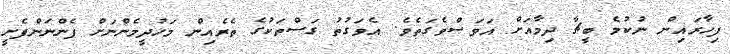
ފިހާރައިން ނުކުމެ ބީޗާ ދިމާއަށް އަވަސްވެގަތެވެ. އެވަގުތު ގަސްތަކުގެ ތެރެއިން މަހުދީމެންނަށް ފެންނަންފެށީ